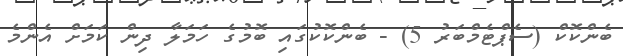
ބެންކޮކް (ސެޕްޓެމްބަރު 5) - ބެންކޮކުގައި ބޮމުގެ ހަމަލާ ދިން ކަމަށް އެންމެ